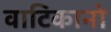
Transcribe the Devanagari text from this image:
वाटिकानो